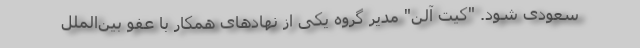
سعودی شود. "کیت آلن" مدیر گروه یکی از نهادهای همکار با عفو بین‌الملل